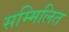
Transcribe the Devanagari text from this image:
सम्‍मिलित